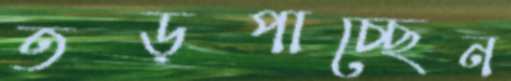
তড়পাচ্ছেন